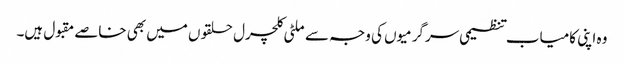
وہ اپنی کامیاب تنظیمی سرگرمیوں کی وجہ سے ملٹی کلچرل حلقوں میں بھی خاصے مقبول ہیں۔